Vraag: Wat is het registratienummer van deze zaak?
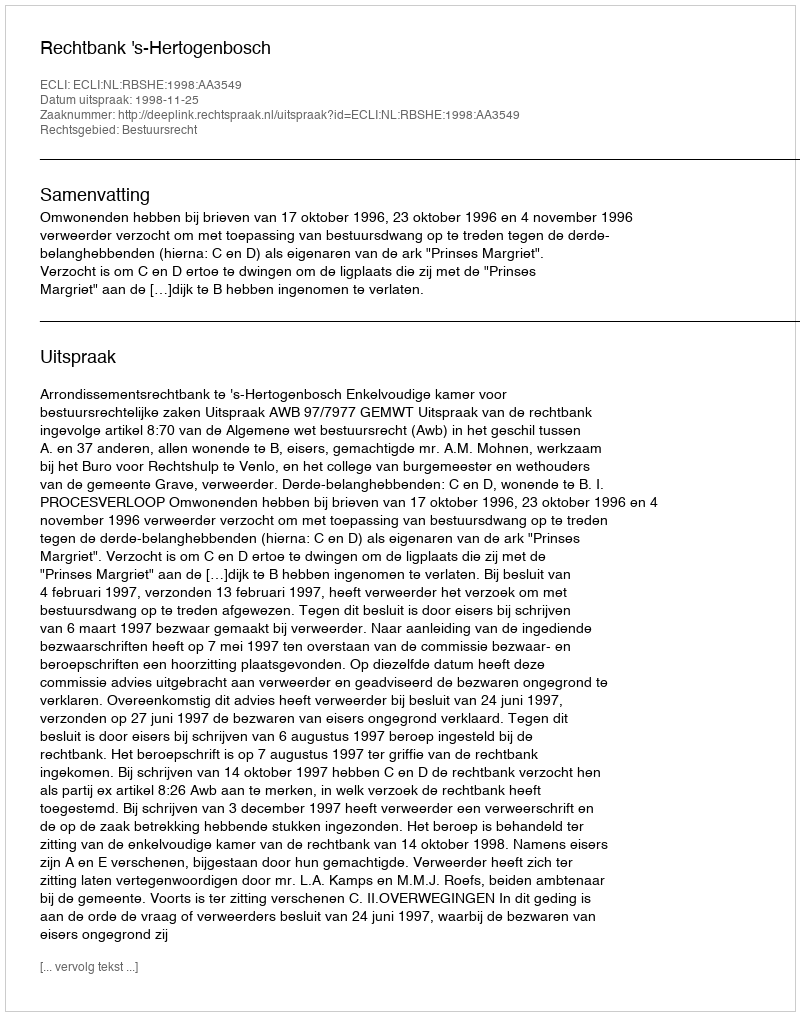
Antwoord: http://deeplink.rechtspraak.nl/uitspraak?id=ECLI:NL:RBSHE:1998:AA3549